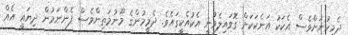
ދެމީހުނަށްވެސް އެކަކު އަނެކަކަށް ގޮވައިލެވުނީ އެކުއެކީގައެވެ. ދެމީހުންގެ މޫނުމަތިންވެސް ފެންނަމުން ދިޔައީ އެއް